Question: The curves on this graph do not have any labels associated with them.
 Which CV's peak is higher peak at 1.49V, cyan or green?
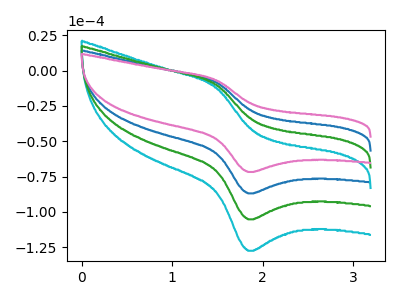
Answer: <think>The blue curve "blue" has an anodic peak at (1.50V, -8.20uA) and a cathodic peak at (1.85V, -86.95uA). The cyan curve "cyan" has an anodic peak at (1.50V, -24.55uA) and a cathodic peak at (1.85V, -260.80uA). The green curve "green" has an anodic peak at (1.50V, -16.35uA) and a cathodic peak at (1.85V, -173.85uA). The pink curve "pink" has an anodic peak at (1.50V, -6.75uA) and a cathodic peak at (1.85V, -71.75uA).</think>
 <answer>The peak at 1.49V is lower in "cyan" than in "green".</answer>
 <eval>lower</eval>